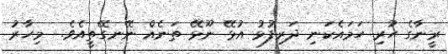
ރީނާގެ ހުރި ހަމައެކަނި ދަރިފުޅު އުޅޭ ނޫޅޭ ތަނެއް ނޭނގޭތީއެވެ.  މިހާރު